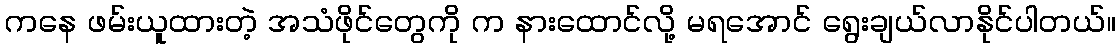
ကနေ ဖမ်းယူထားတဲ့ အသံဖိုင်တွေကို က နားထောင်လို့ မရအောင် ရွေးချယ်လာနိုင်ပါတယ်။